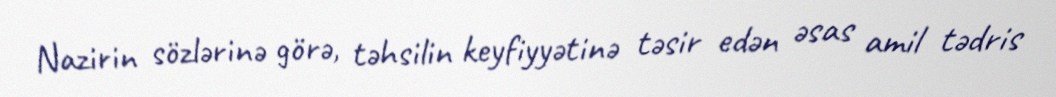
Nazirin sözlərinə görə, təhsilin keyfiyyətinə təsir edən əsas amil tədris